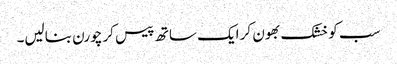
سب کو خشک بھون کر ایک ساتھ پیس کر چورن بنالیں۔